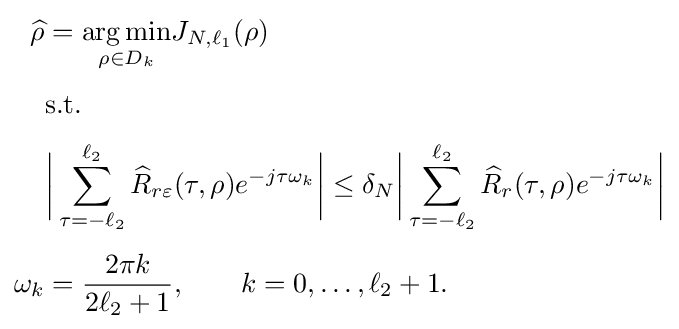
{\begin{aligned}{\widehat {\rho }}&={\underset {\rho \in D_{k}}{\operatorname {arg\,min} }}J_{N,\ell _{1}}(\rho )\\[3pt]&{\text{s.t.}}\\[3pt]&{\bigg |}\sum _{\tau =-\ell _{2}}^{\ell _{2}}{\widehat {R}}_{r\varepsilon }(\tau ,\rho )e^{-j\tau \omega _{k}}{\bigg |}\leq \delta _{N}{\bigg |}\sum _{\tau =-\ell _{2}}^{\ell _{2}}{\widehat {R}}_{r}(\tau ,\rho )e^{-j\tau \omega _{k}}{\bigg |}\\[4pt]\omega _{k}&={\frac {2\pi k}{2\ell _{2}+1}},\qquad k=0,\ldots ,\ell _{2}+1.\end{aligned}}